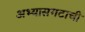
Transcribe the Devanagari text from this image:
अभ्यासगटाची